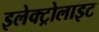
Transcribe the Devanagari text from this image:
इलेक्‍ट्रोलाइट